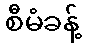
စီမံခန့်